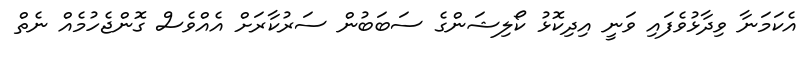
އެކަމަަނާ ވިދާޅުވެފައި ވަނީ އިދިކޮޅު ކޯލިޝަންގެ ސަބަބުން ސަރުކާރަށް އެއްވެސް ގޮންޖެހުމެއް ނެތް